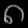
Digit: ၈